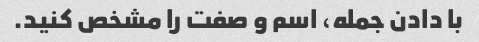
با دادن جمله، اسم و صفت را مشخص کنید.